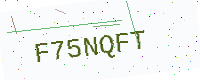
Text: F75NQFT